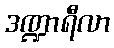
ဒဏ္ဍာရီလာ